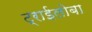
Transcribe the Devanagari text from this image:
ट्राईलोबा